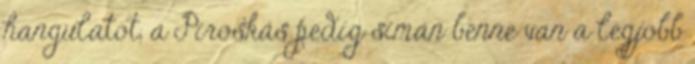
hangulatot, a Piroskás pedig simán benne van a legjobb